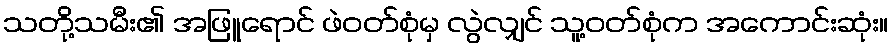
သတို့သမီး၏ အဖြူရောင် ဖဲဝတ်စုံမှ လွဲလျှင် သူ့ဝတ်စုံက အကောင်းဆုံး။